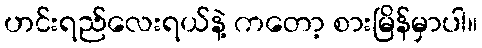
ဟင်းရည်လေးရယ်နဲ့ ကတော့ စားမြိန်မှာပါ။